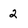
Character: 2